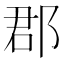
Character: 郡